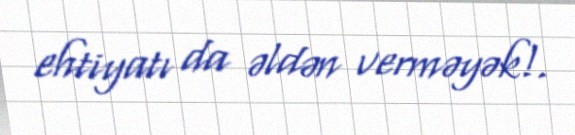
ehtiyatı da əldən verməyək!.